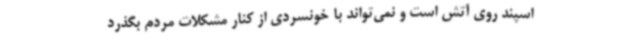
اسپند روی آتش است و نمی‌تواند با خونسردی از کنار مشکلات مردم بگذرد